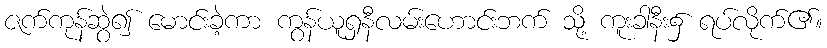
ဇက်ကုန်ဆွဲ၍ မောင်းခဲ့ကာ ကွန်ယူရှနီလမ်းဟောင်းဘက် သို့ ကူးခါနီး၌ ရပ်လိုက်၏။